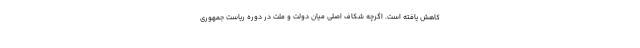
کاهش یافته است. اگرچه شکاف اصلی میان دولت و ملت در دوره ریاست جمهوری